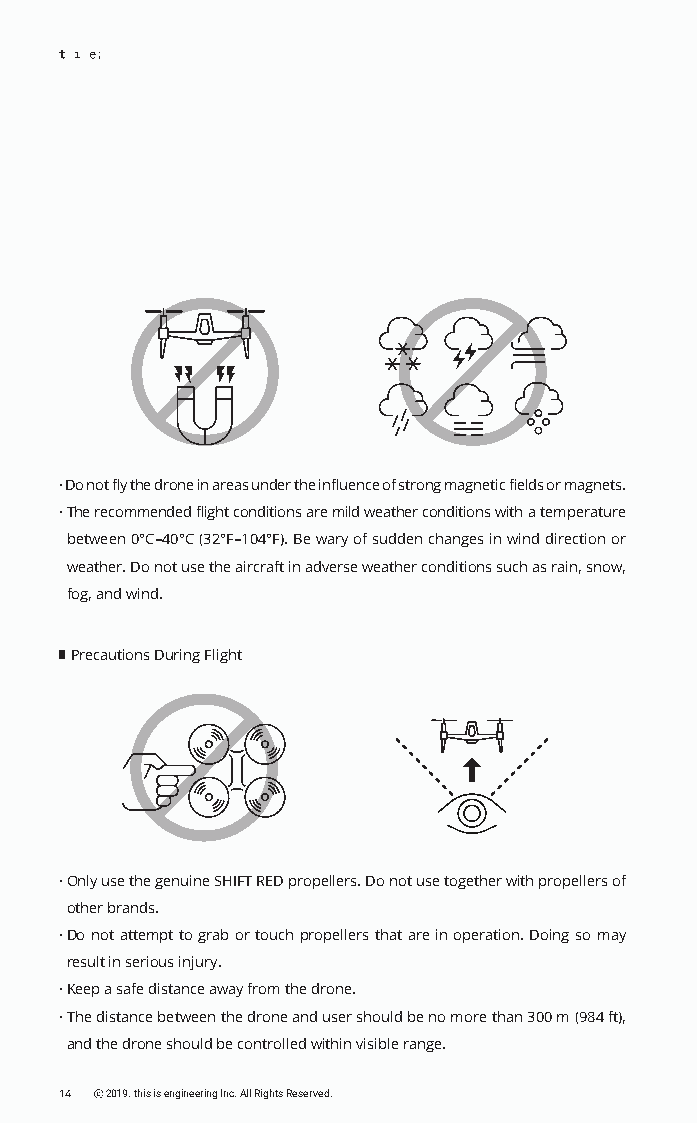
· Do not fly the drone in areas under the influence of strong magnetic fields or magnets.
 · The recommended flight conditions are mild weather conditions with a temperature
 between 0°C–40°C (32°F–104°F). Be wary of sudden changes in wind direction or
 weather. Do not use the aircraft in adverse weather conditions such as rain, snow,
 fog, and wind.
 Precautions During Flight
 · Only use the genuine SHIFT RED propellers. Do not use together with propellers of
 other brands.
 · Do not attempt to grab or touch propellers that are in operation. Doing so may
 result in serious injury.
 · Keep a safe distance away from the drone.
 · The distance between the drone and user should be no more than 300 m (984 ft),
 and the drone should be controlled within visible range.
 14 ⓒ 2019. this is engineering Inc. All Rights Reserved.